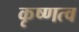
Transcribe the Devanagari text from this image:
कृष्णत्व